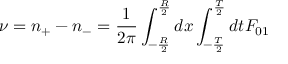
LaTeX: \nu = n _ { + } - n _ { - } = { \frac { 1 } { 2 \pi } } \int _ { - { \frac { R } { 2 } } } ^ { { \frac { R } { 2 } } } d x \int _ { - { \frac { T } { 2 } } } ^ { { \frac { T } { 2 } } } d t F _ { 0 1 }